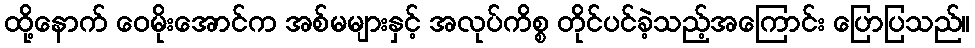
ထို့နောက် ဝေမိုးအောင်က အစ်မများနှင့် အလုပ်ကိစ္စ တိုင်ပင်ခဲ့သည့်အကြောင်း ပြောပြသည်။